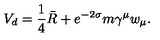
V _ { d } = \frac 1 4 \bar { R } + e ^ { - 2 \sigma } m \gamma ^ { \mu } w _ { \mu } .